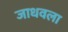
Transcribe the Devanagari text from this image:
जाधवला